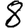
Digit: 8